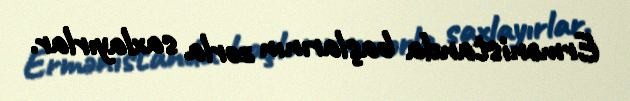
Ermənistanda başlarının zorla saxlayırlar.